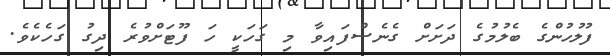
ފުލުހުންގެ ބެލުމުގެ ދަށަށް ގެނެސްފައިވާ މި ގަހަކީ ހަ ފޫޓަށްވުރެ ދިގު ގަހެކެވެ.